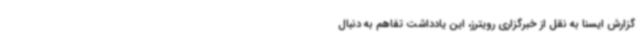
گزارش ایسنا به نقل از خبرگزاری رویترز، این یادداشت تفاهم به دنبال